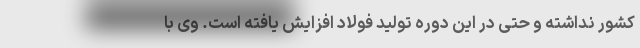
کشور نداشته و حتی در این دوره تولید فولاد افزایش یافته است. وی با